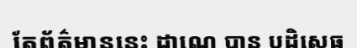
តែព័ត៌មាននេះ ដាណេ បាន បដិសេធ